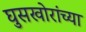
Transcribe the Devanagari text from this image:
घुसखोरांच्या